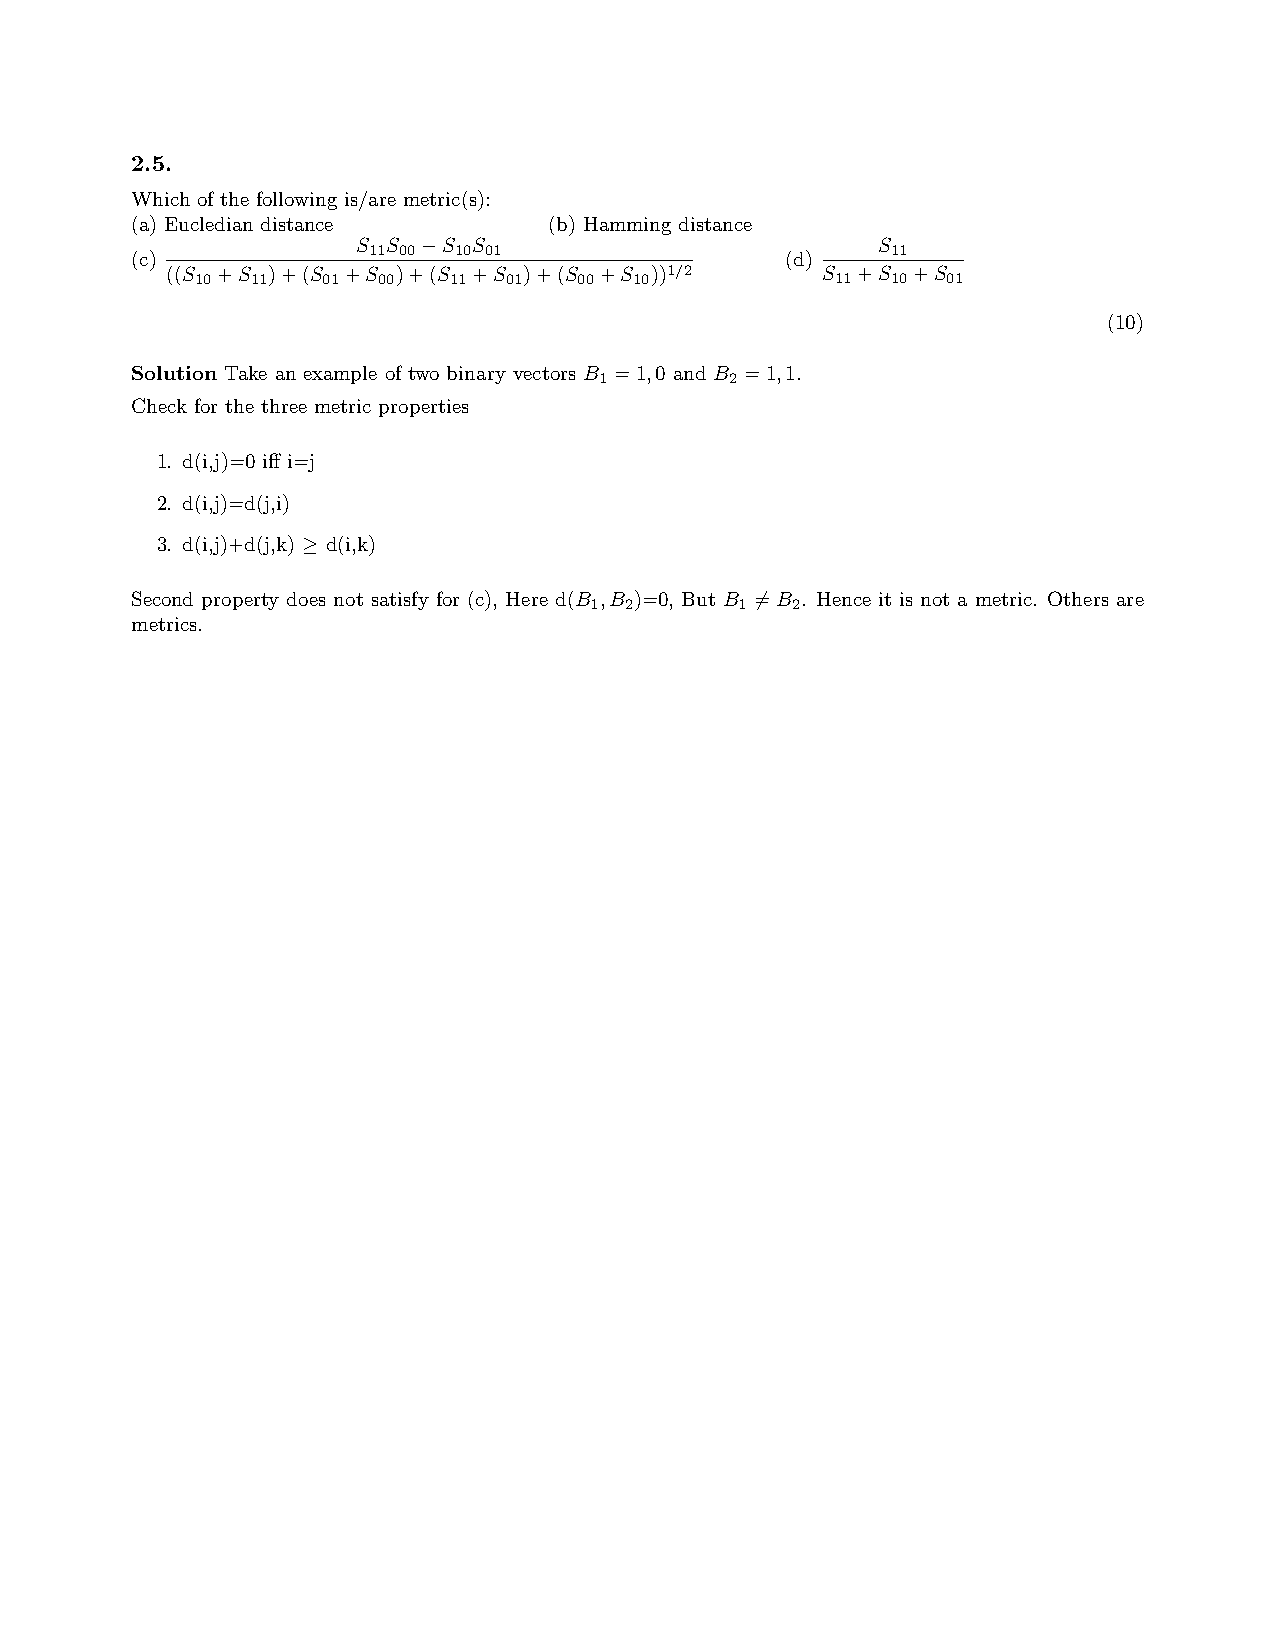
2.5.
 Which of the following is/are metric(s):
 (a) Eucledian distance     (b) Hamming distance
 S S −S S                          S
 11 00 10 01                        11
 (c)                                        (d)
 ((S +S )+(S +S )+(S +S  )+(S +S ))1/2      S  +S +S
 10  11  01  00   11 01   00  10           11  10  01
 (10)
 Solution Take an example of two binary vectors B =1,0 and B =1,1.
 1       2
 Check for the three metric properties
 1. d(i,j)=0 iff i=j
 2. d(i,j)=d(j,i)
 3. d(i,j)+d(j,k) ≥ d(i,k)
 Second property does not satisfy for (c), Here d(B ,B )=0, But B 6=B . Hence it is not a metric. Others are
 1 2       1  2
 metrics.